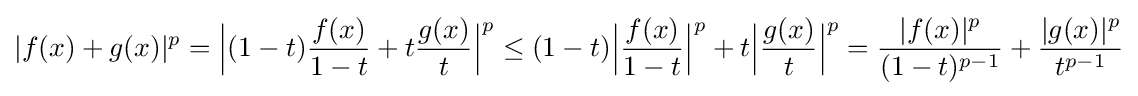
|f(x)+g(x)|^{p}={\Bigl |}(1-t){\frac {f(x)}{1-t}}+t{\frac {g(x)}{t}}{\Bigr |}^{p}\leq (1-t){\Bigl |}{\frac {f(x)}{1-t}}{\Bigr |}^{p}+t{\Bigl |}{\frac {g(x)}{t}}{\Bigr |}^{p}={\frac {|f(x)|^{p}}{(1-t)^{p-1}}}+{\frac {|g(x)|^{p}}{t^{p-1}}}